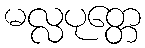
မလ္လပုတ္တေ